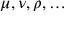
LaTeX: \mu , \nu , \rho , \dots